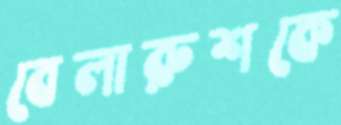
বেলারুশকে